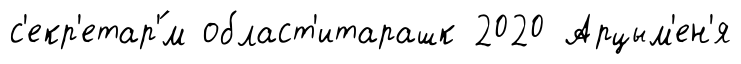
с'екр'етар'́м област'итарашк 2020 Арцым'ен'я